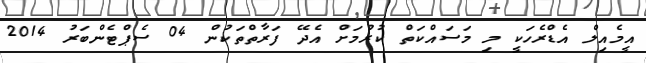
އީމެއިލް އެޑްރެހަކީ މި މަސައްކަތް ކުރުމަށް އެދޭ ފަރާތްތަކުން 04 ސެޕްޓެންބަރު 2014